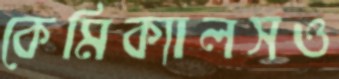
কেমিক্যালসও